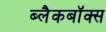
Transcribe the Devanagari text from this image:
ब्लैकबॉक्स